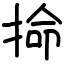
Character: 掵